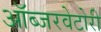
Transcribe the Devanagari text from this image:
ऑब्जरवेटोरी